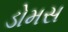
ડોમસ